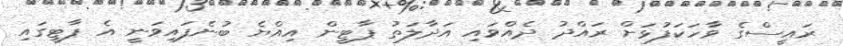
ރައީސްގެ ވާހަކަފުޅަށް ރައްދު ދެއްވައި އަދާލަތު ޕާޓީން އިއްޔެ ބުނެފައިވަނީ އެ ޕާޓީގައި